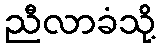
ညီလာခံသို့